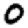
Digit: 0